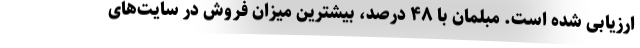
ارزیابی شده است. مبلمان با ۴۸ درصد، بیشترین میزان فروش در سایت‌های